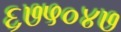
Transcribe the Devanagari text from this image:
६७५०४७